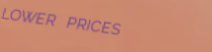
LOWER PRICES